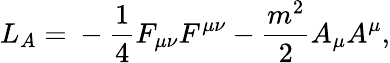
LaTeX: L_{A}=\mathrm{}-\frac{1}{4}F_{\mu\nu}F^{\mu\nu}-\frac{m^{2}}{2}A_{\mu}A^{\mu},